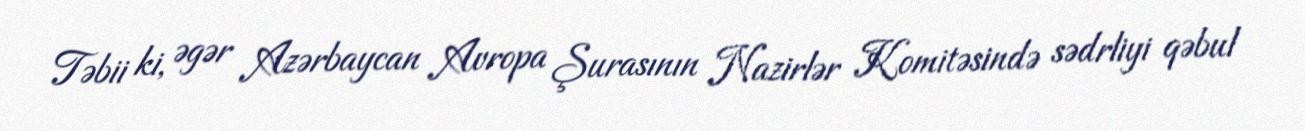
Təbii ki, əgər Azərbaycan Avropa Şurasının Nazirlər Komitəsində sədrliyi qəbul